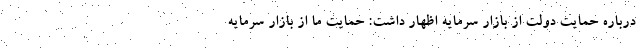
درباره حمایت دولت از بازار سرمایه اظهار داشت: حمایت ما از بازار سرمایه